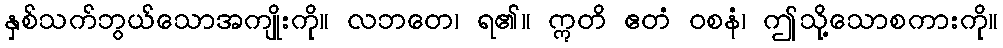
နှစ်သက်ဘွယ်သောအကျိုးကို။ လဘတေ၊ ရ၏။ ဣတိ ဧတံ ဝစနံ၊ ဤသို့သောစကားကို။